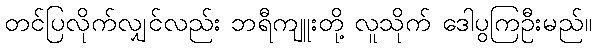
တင်ပြလိုက်လျှင်လည်း ဘရီကျူးတို့ လူသိုက် ဒေါပွကြဦးမည်။